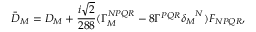
{ \bar { D } } _ { M } = D _ { M } + \frac { i \sqrt { 2 } } { 2 8 8 } ( \Gamma _ { M } ^ { N P Q R } - 8 \Gamma ^ { P Q R } { \delta _ { M } } ^ { N } ) F _ { N P Q R } ,